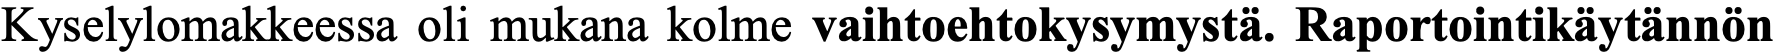
Kyselylomakkeessa oli mukana kolme vaihtoehtokysymystä. Raportointikäytännön